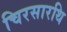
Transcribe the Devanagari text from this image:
चिरसारथि